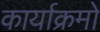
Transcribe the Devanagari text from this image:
कार्याक्रमो